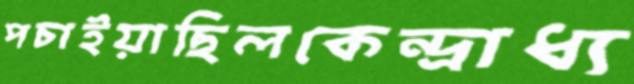
পচাইয়াছিলকেন্দ্রাধ্য